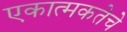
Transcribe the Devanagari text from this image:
एकात्मकतेचे